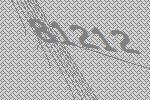
81212